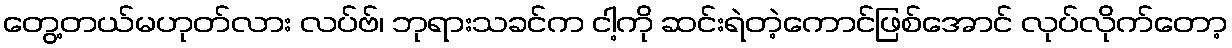
တွေ့တယ်မဟုတ်လား လပ်ဗ်၊ ဘုရားသခင်က ငါ့ကို ဆင်းရဲတဲ့ကောင်ဖြစ်အောင် လုပ်လိုက်တော့